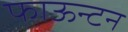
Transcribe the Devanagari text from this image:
फाऊन्टन